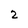
Character: 2